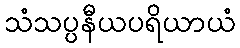
သံသပ္ပနီယပရိယာယံ